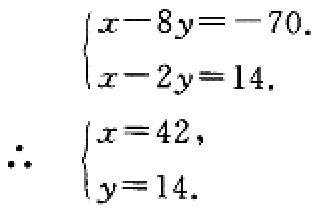
\[\begin{cases}
x - 8y = -70 \\
x - 2y = 14
\end{cases}\]
\[\therefore \begin{cases}
x = 42 \\
y = 14
\end{cases}\]